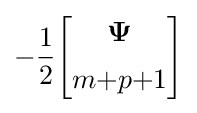
-{\frac {1}{2}}{\begin{bmatrix}{\boldsymbol {\Psi }}\\[5pt]m{+}p{+}1\end{bmatrix}}